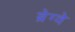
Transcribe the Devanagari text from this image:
ब्रेग्वे